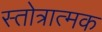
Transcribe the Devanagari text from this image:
स्तोत्रात्मक